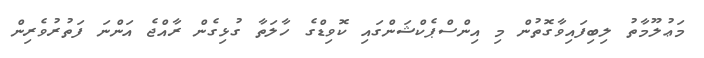
މަޢުލޫމާތު ލިބިފައިވާގޮތުން މި އިންސްޕެކްޝަންގައި ކޮވިޑްގެ ހާލަތާ ގުޅިގެން ރާާއްޖެ އަންނަ ފަތުރުވެރިން